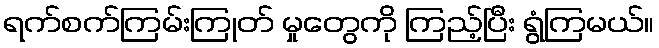
ရက်စက်ကြမ်းကြုတ် မှုတွေကို ကြည့်ပြီး ရွံကြမယ်။